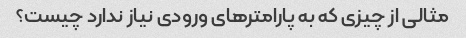
مثالی از چیزی که به پارامترهای ورودی نیاز ندارد چیست؟